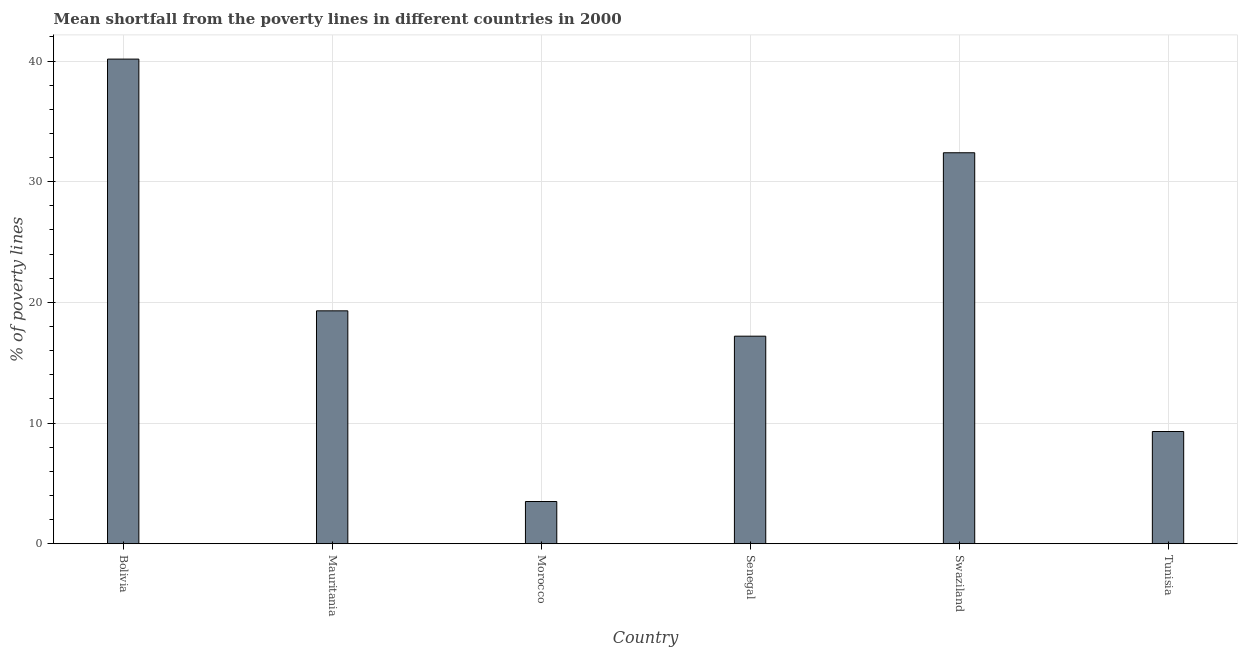
| Country | Poverty gap at national poverty lines |
 | --- | --- |
 | Bolivia | 40.2 |
 | Mauritania | 19.3 |
 | Morocco | 3.5 |
 | Senegal | 17.2 |
 | Swaziland | 32.4 |
 | Tunisia | 9.3 |